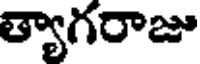
త్యాగరాజు